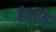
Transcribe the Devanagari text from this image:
है।लॉस